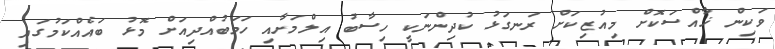
ވަކިން ޚާއްސަކޮށް މިއުޒިކަށް ރަނގަޅު ކުދިންނަކީ ހިސާބު އިލްމަށާއި ހަމަބުއްދިއަށް މޮޅު ބައެއްކަމުގައި